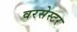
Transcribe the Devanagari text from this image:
वरसेस्टर